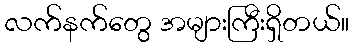
လက်နက်တွေ အများကြီးရှိတယ်။